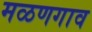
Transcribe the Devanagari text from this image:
मळणगाव